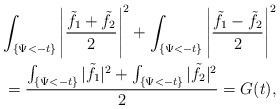
LaTeX: \begin{align*}\int_{\{\Psi<-t\}}\left\vert\frac{\tilde f_1+\tilde f_2}{2}\right\vert^2+\int_{\{\Psi<-t\}}\left\vert\frac{\tilde f_1-\tilde f_2}{2}\right\vert^2\\=\frac{\int_{\{\Psi<-t\}}|\tilde f_1|^2+\int_{\{\Psi<-t\}}|\tilde f_2|^2}{2}=G(t),\end{align*}